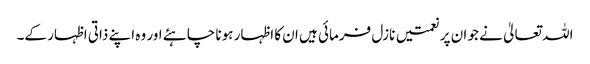
اللہ تعالیٰ نے جو ان پر نعمتیں نازل فرمائی ہیں ان کا اظہار ہونا چاہئے اور وہ اپنے ذاتی اظہار کے۔